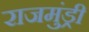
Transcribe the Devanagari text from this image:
राजमुंड्री